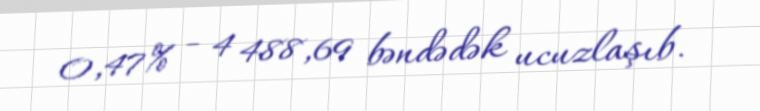
0,47% - 4 488,69 bəndədək ucuzlaşıb.